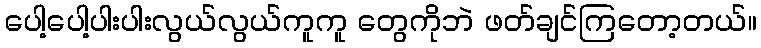
ပေါ့ပေါ့ပါးပါးလွယ်လွယ်ကူကူ တွေကိုဘဲ ဖတ်ချင်ကြတော့တယ်။